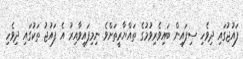
ފައުޖުގައި ދިވެހި ސިފައިން ބައިވެރިވުމުގެ ތައްޔާރީތަށްވެ ނިމިފައިވާއިރު އެ ފައުޖު ތަކުގައި ދިވެހި